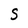
Character: S